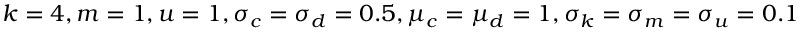
k = 4 , m = 1 , u = 1 , \sigma _ { c } = \sigma _ { d } = 0 . 5 , \mu _ { c } = \mu _ { d } = 1 , \sigma _ { k } = \sigma _ { m } = \sigma _ { u } = 0 . 1